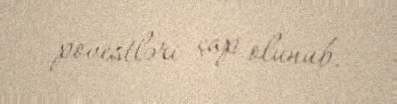
povestləri çap olunub.